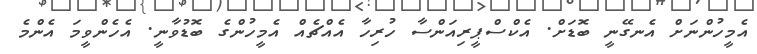
އެމީހުންނަށް އެނގޭނީ ބޮޑަށް. އެކްސްޕީރިއަންސާ ހުރިހާ އެއްޗެއް އެމީހުންގެ ބޮޑުވާނީ. އެހެންވީމަ އެންމެ